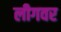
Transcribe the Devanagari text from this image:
लीगवर